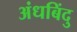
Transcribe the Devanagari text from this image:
अंधबिंदु